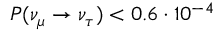
P ( \nu _ { \mu } \rightarrow \nu _ { \tau } ) < 0 . 6 \cdot 1 0 ^ { - 4 }